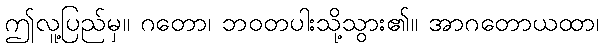
ဤလူ့ပြည်မှ။ ဂတော၊ ဘဝတပါးသို့သွား၏။ အာဂတောယထာ၊